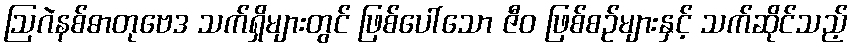
ဩဂဲနစ်ဓာတုဗေဒ သက်ရှိများတွင် ဖြစ်ပေါ်သော ဇီဝ ဖြစ်စဉ်များနှင့် သက်ဆိုင်သည့်